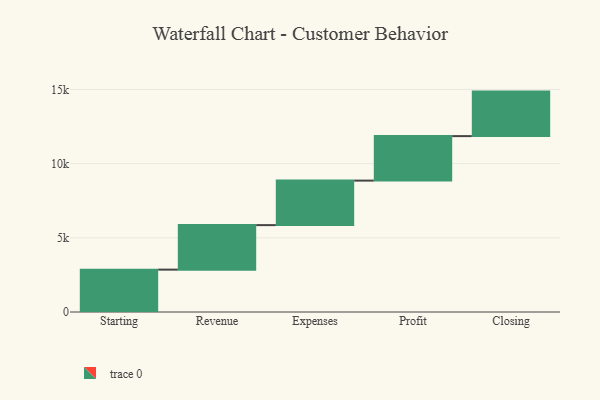
{"axis": {"x": "Step", "y": "Value"}, "legend": [""], "data": [{"x": "Starting", "y": 2856.0, "type": ""}, {"x": "Revenue", "y": 3000, "type": ""}, {"x": "Expenses", "y": 3000, "type": ""}, {"x": "Profit", "y": 3000, "type": ""}, {"x": "Closing", "y": 3000, "type": ""}]}